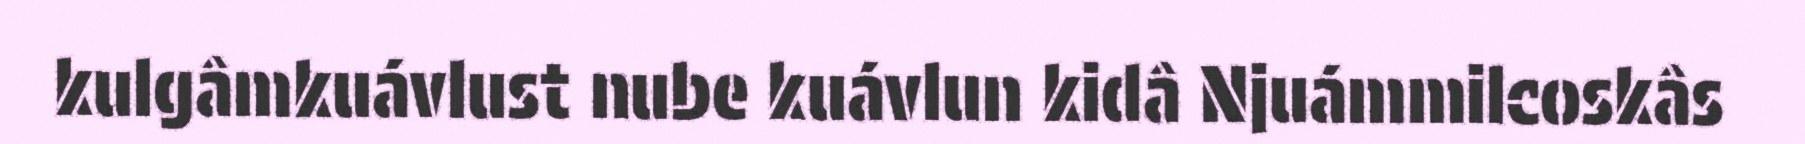
kulgâmkuávlust nube kuávlun kidâ Njuámmilcoskâs